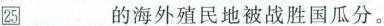
25_的海外殖民地被战胜国瓜分。